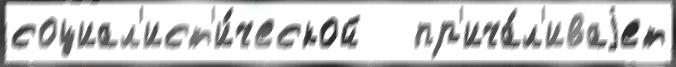
социал'ист'и́ческой   пр'ича́л'иваjет